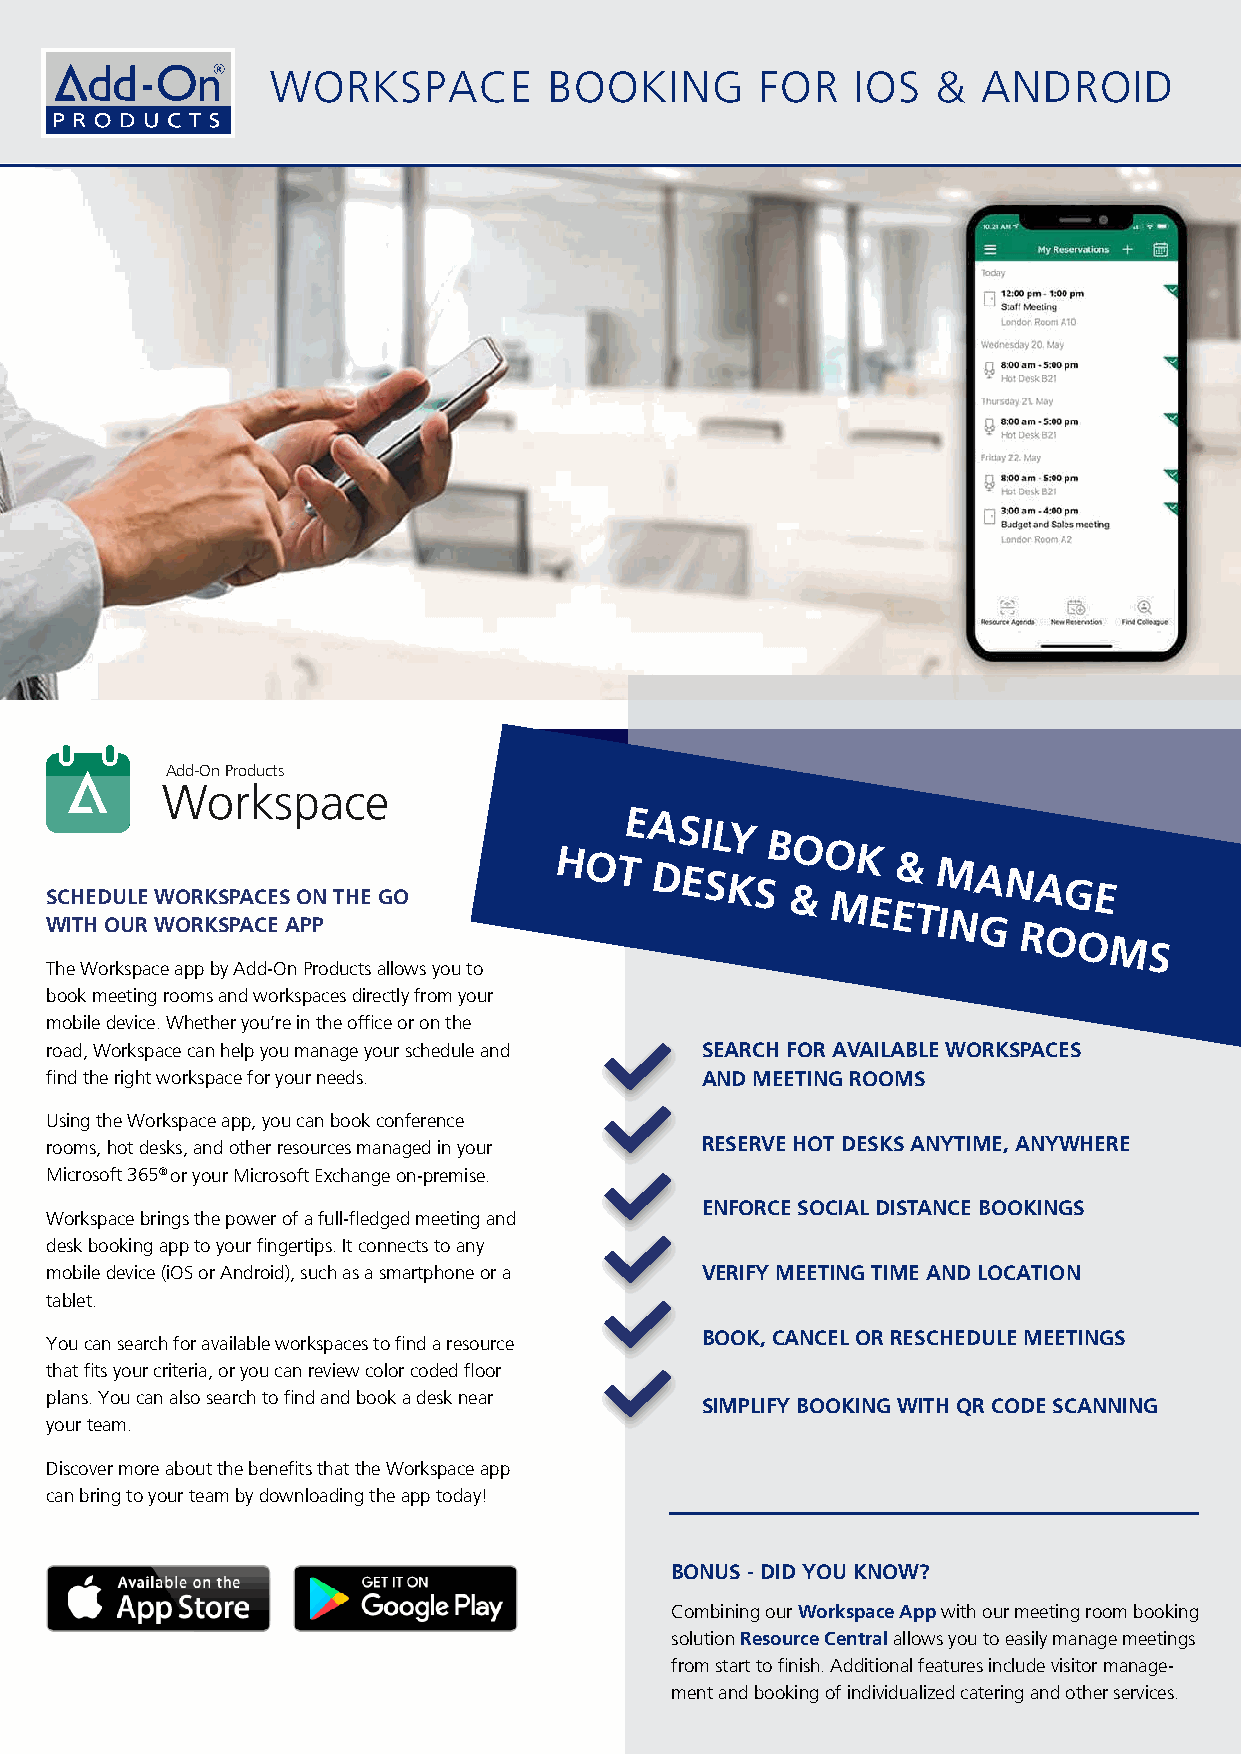
WORKSPACE         BOOKING       FOR   IOS   &  ANDROID
 Add-On Products
 Workspace
 S WC IH THED OU UL RE WW OO RR KK SSP PA AC CE ES
 A
 O PPN THE GO
 HOTE  A DS EI SL KY
 S
 B &O O MK
 E
 E&
 T
 M INA GN RA OG OE
 MS
 The Workspace app by Add-On Products allows you to
 book meeting rooms and workspaces directly from your
 mobile device. Whether you’re in the office or on the
 road, Workspace can help you manage your schedule and SEARCH FOR AVAILABLE WORKSPACES
 find the right workspace for your needs.   AND MEETING ROOMS
 Using the Workspace app, you can book conference
 rooms, hot desks, and other resources managed in your RESERVE HOT DESKS ANYTIME, ANYWHERE
 Microsoft 365® or your Microsoft Exchange on-premise.
 ENFORCE SOCIAL DISTANCE BOOKINGS
 Workspace brings the power of a full-fledged meeting and
 desk booking app to your fingertips. It connects to any
 mobile device (iOS or Android), such as a smartphone or a VERIFY MEETING TIME AND LOCATION
 tablet.
 BOOK, CANCEL OR RESCHEDULE MEETINGS
 You can search for available workspaces to find a resource
 that fits your criteria, or you can review color coded floor
 plans. You can also search to find and book a desk near
 SIMPLIFY BOOKING WITH QR CODE SCANNING
 your team.
 Discover more about the benefits that the Workspace app
 can bring to your team by downloading the app today!
 BONUS - DID YOU KNOW?
 Combining our Workspace App with our meeting room booking
 solution Resource Central allows you to easily manage meetings
 from start to finish. Additional features include visitor manage-
 ment and booking of individualized catering and other services.